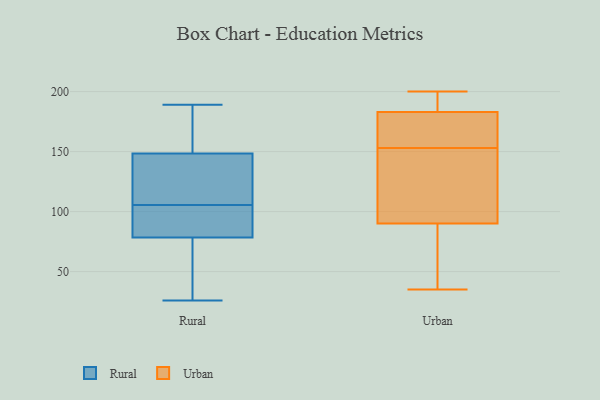
{"axis": {"x": "Energy Usage (MWh)", "y": "Value"}, "legend": ["Rural", "Urban"], "data": [{"x": "", "y": 148, "type": "Rural"}, {"x": "", "y": 82, "type": "Rural"}, {"x": "", "y": 149, "type": "Rural"}, {"x": "", "y": 118, "type": "Rural"}, {"x": "", "y": 112, "type": "Rural"}, {"x": "", "y": 189, "type": "Rural"}, {"x": "", "y": 47, "type": "Rural"}, {"x": "", "y": 99, "type": "Rural"}, {"x": "", "y": 71, "type": "Rural"}, {"x": "", "y": 150, "type": "Rural"}, {"x": "", "y": 145, "type": "Rural"}, {"x": "", "y": 95, "type": "Rural"}, {"x": "", "y": 80, "type": "Rural"}, {"x": "", "y": 77, "type": "Rural"}, {"x": "", "y": 89, "type": "Rural"}, {"x": "", "y": 167, "type": "Rural"}, {"x": "", "y": 26, "type": "Rural"}, {"x": "", "y": 150, "type": "Rural"}, {"x": "", "y": 26, "type": "Rural"}, {"x": "", "y": 128, "type": "Rural"}, {"x": "", "y": 152, "type": "Urban"}, {"x": "", "y": 200, "type": "Urban"}, {"x": "", "y": 183, "type": "Urban"}, {"x": "", "y": 127, "type": "Urban"}, {"x": "", "y": 150, "type": "Urban"}, {"x": "", "y": 50, "type": "Urban"}, {"x": "", "y": 90, "type": "Urban"}, {"x": "", "y": 35, "type": "Urban"}, {"x": "", "y": 195, "type": "Urban"}, {"x": "", "y": 179, "type": "Urban"}, {"x": "", "y": 80, "type": "Urban"}, {"x": "", "y": 159, "type": "Urban"}, {"x": "", "y": 154, "type": "Urban"}, {"x": "", "y": 196, "type": "Urban"}]}